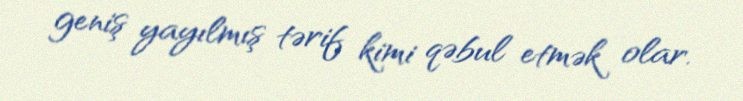
geniş yayılmış tərif kimi qəbul etmək olar.